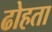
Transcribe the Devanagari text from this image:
ढोहता